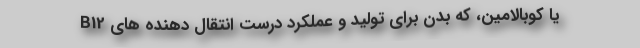
B12 یا کوبالامین، که بدن برای تولید و عملکرد درست انتقال دهنده های